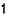
1